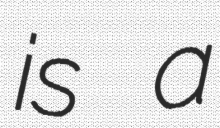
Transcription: is a